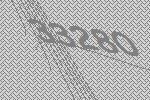
33280